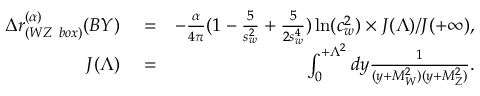
\begin{array} { r l r } { \Delta r _ { ( W Z \ b o x ) } ^ { ( \alpha ) } ( B Y ) } & { { } = } & { - \frac { \alpha } { 4 \pi } ( 1 - \frac { 5 } { s _ { w } ^ { 2 } } + \frac { 5 } { 2 s _ { w } ^ { 4 } } ) \ln ( c _ { w } ^ { 2 } ) \times J ( \Lambda ) / J ( + \infty ) , } \\ { J ( \Lambda ) } & { { } = } & { \int _ { 0 } ^ { + \Lambda ^ { 2 } } d y \frac { 1 } { ( y + M _ { W } ^ { 2 } ) ( y + M _ { Z } ^ { 2 } ) } . } \end{array}